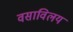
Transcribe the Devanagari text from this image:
वसाविलय